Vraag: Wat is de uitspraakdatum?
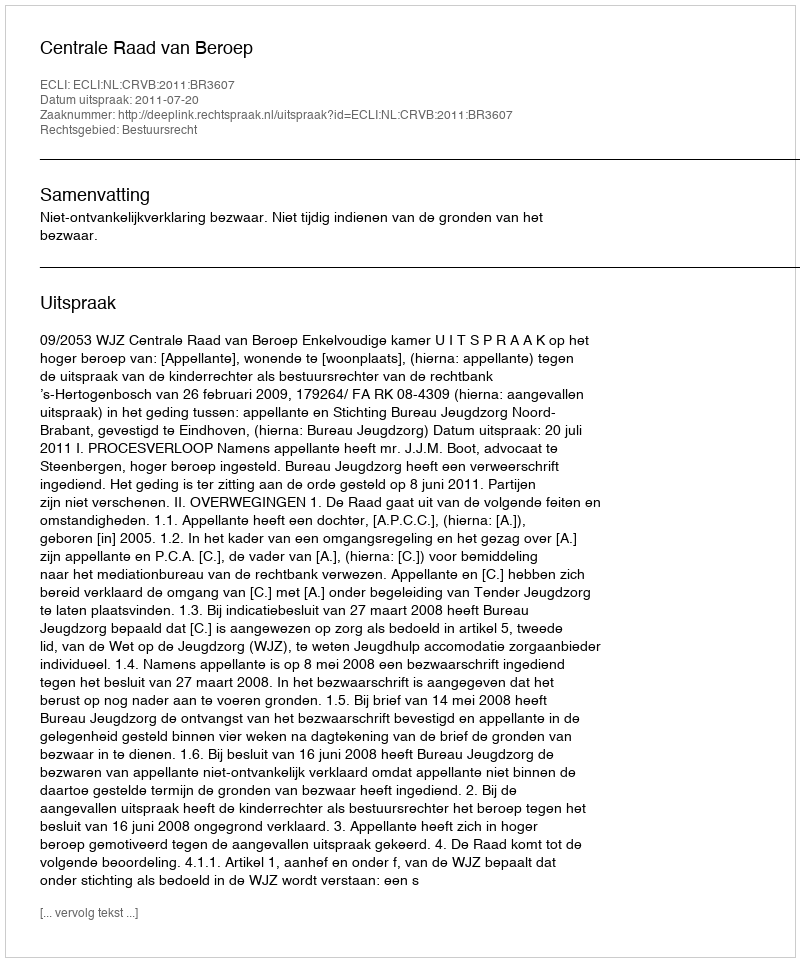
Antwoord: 2011-07-20